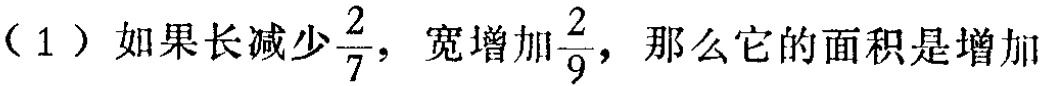
（1）如果长减少$\frac{2}{7}$，宽增加$\frac{2}{9}$，那么它的面积是增加